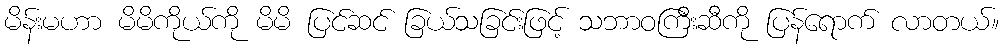
မိန်းမဟာ မိမိကိုယ်ကို မိမိ ပြင်ဆင် ခြယ်သခြင်းဖြင့် သဘာဝကြီးဆီကို ပြန်ရောက် လာတယ်။